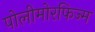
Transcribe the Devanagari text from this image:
पोलीमोरफिज्म